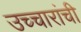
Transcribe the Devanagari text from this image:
उच्चारांची